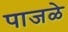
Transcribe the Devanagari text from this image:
पाजळे